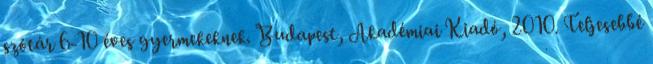
szótár 6-10 éves gyermekeknek. Budapest, Akadémiai Kiadó, 2010. Teljesebbé